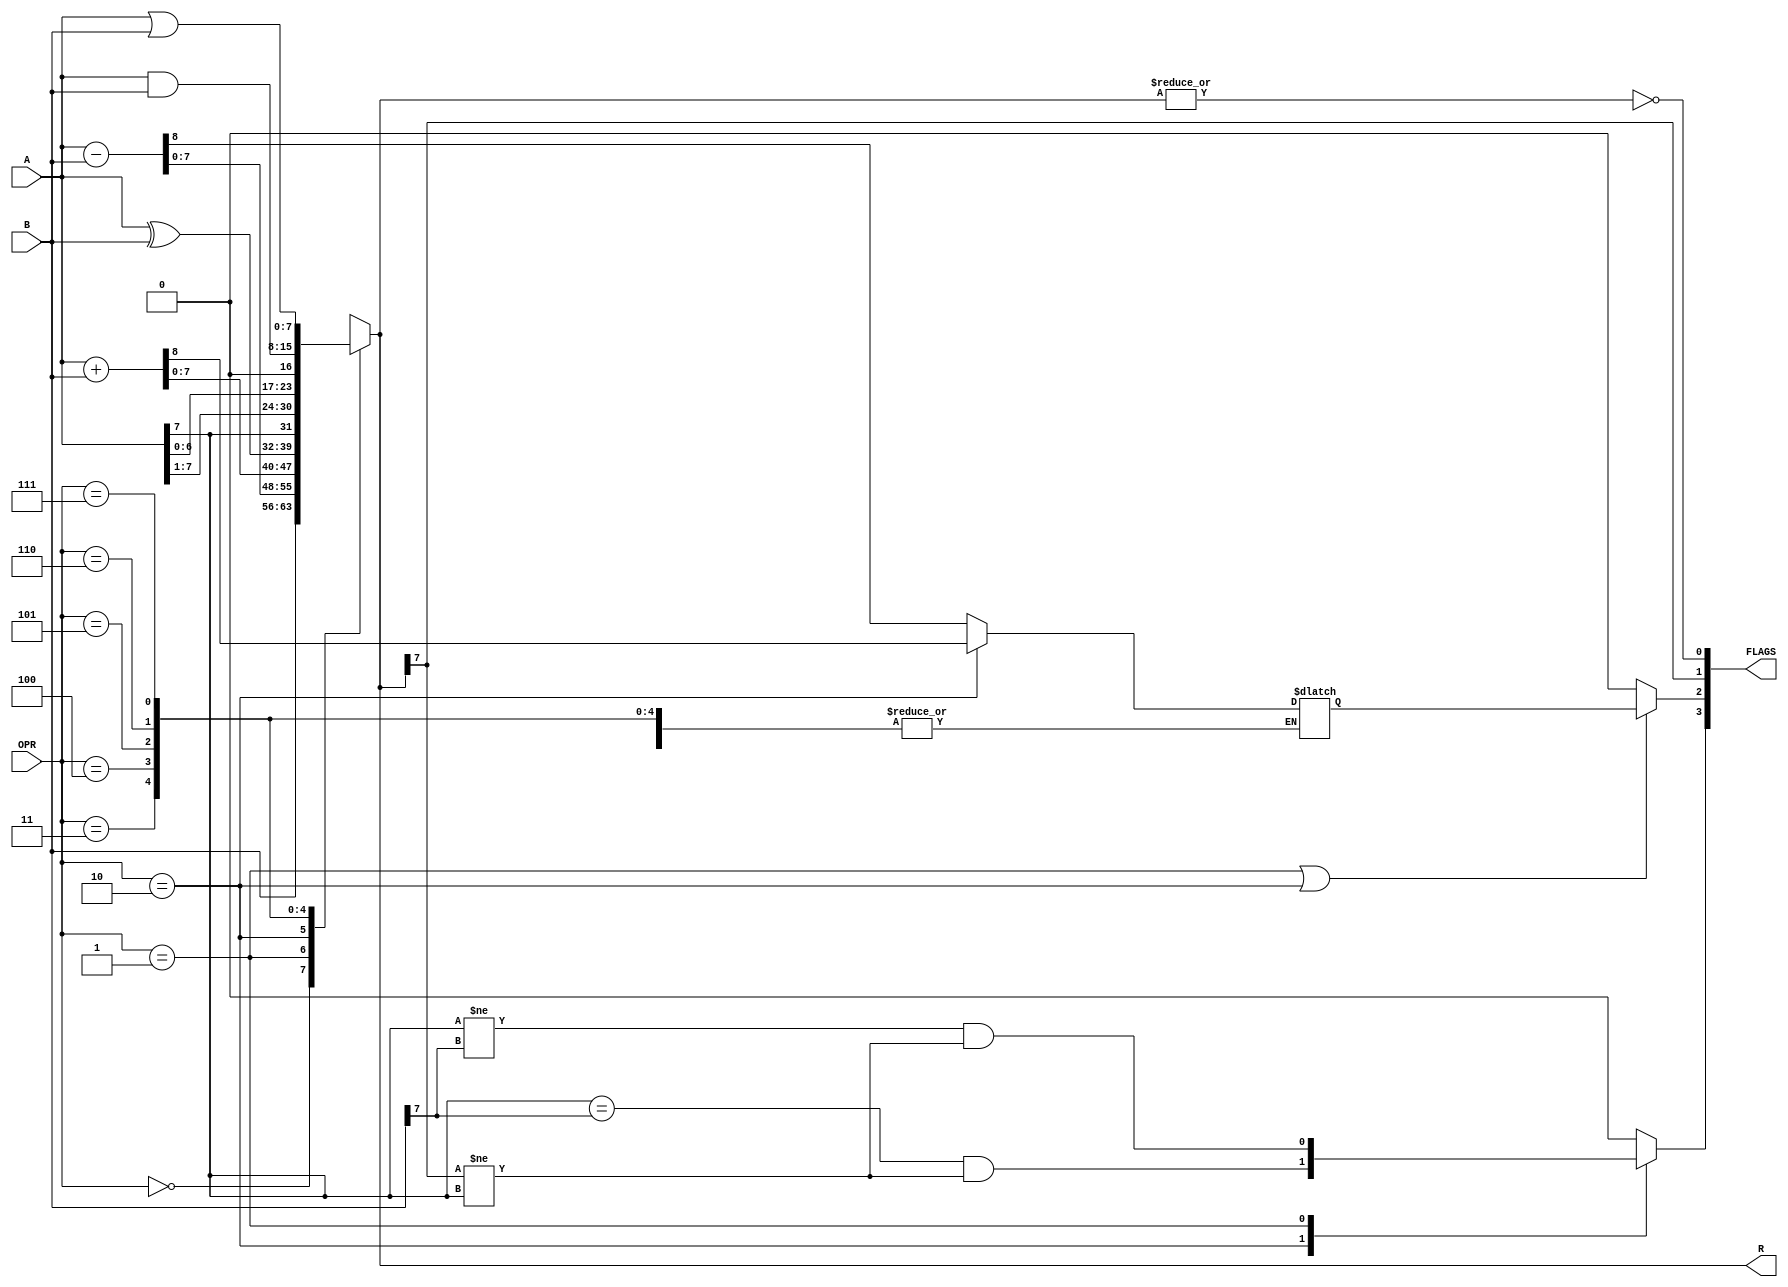

`timescale 1ns/1ns


module lsdalu ( A, B, OPR, R, FLAGS );
input [7:0] A, B;
input [2:0] OPR;
output [7:0] R;
output [3:0] FLAGS;
reg    [7:0] R;
reg          co;
reg          ovfl;

always @*
begin
  case( OPR )
    0: R = B;
    1: {co, R} = A - B;
    2: {co, R} = A + B;
    3: R = A ^ B;
    4: R = { A[7], A[7:1] };
    5: R = A << 1;
    6: R = A & B;
    7: R = A | B;
  endcase
end
 
assign FLAGS[0] = ~( | R ); // zero
assign FLAGS[1] = R[7]; // sinal
assign FLAGS[2] = (OPR == 1 || OPR == 2) ? co : 0; // carryout
assign FLAGS[3] = ovfl;


always @*
begin
  case ( OPR )
    3'b010: ovfl = (A[7] == B[7]) && (R[7] != A[7]); // adio
    3'b001: ovfl = (A[7] != B[7]) && (R[7] != A[7]); // subtraco
    default: ovfl = 1'b0;
  endcase
end

endmodule